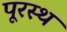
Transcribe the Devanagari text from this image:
पूरस्थ